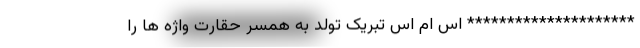
********************* اس ام اس تبریک تولد به همسر حقارت واژه ها را